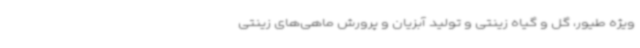
ویژه طیور، گل و گیاه زینتی و تولید آبزیان و پرورش ماهی‌های زینتی